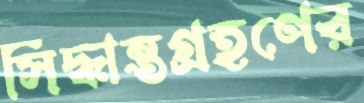
সিদ্ধান্তগ্রহণের